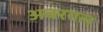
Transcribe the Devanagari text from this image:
अवरगल